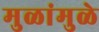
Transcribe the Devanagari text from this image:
मुळांमुळे